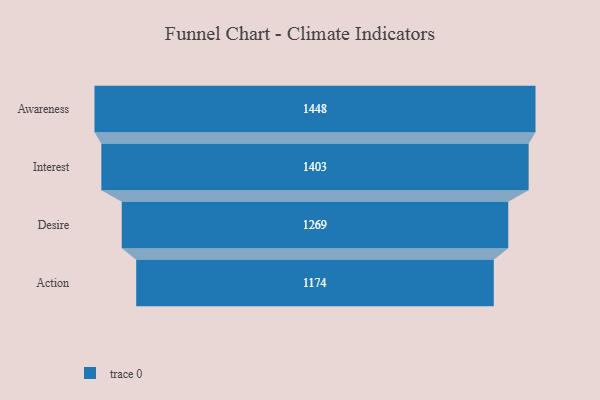
{"axis": {"x": "Stage", "y": "Value"}, "legend": [""], "data": [{"x": "Awareness", "y": 1448.0, "type": ""}, {"x": "Interest", "y": 1403.0, "type": ""}, {"x": "Desire", "y": 1269.0, "type": ""}, {"x": "Action", "y": 1174.0, "type": ""}]}